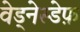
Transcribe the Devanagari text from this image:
वेड्नेस्डेफ़